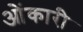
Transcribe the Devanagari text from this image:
ओंकारी